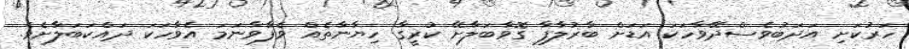
ހަރުކަށި އަދަބުވެސްދޭވާހަކަ އަޑަށް ބާރުލާފާ ގޮވާބަލާށޭ ކުރީގާ ހިޔާނާތެއް ވެފާވާނަމަ އެވާހަކަ ދައްކަބަލާށެވެ.